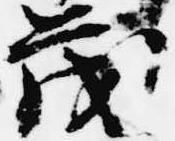
茂